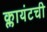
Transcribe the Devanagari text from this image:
क्लायंटची